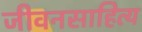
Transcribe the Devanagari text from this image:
जीवनसाहित्य